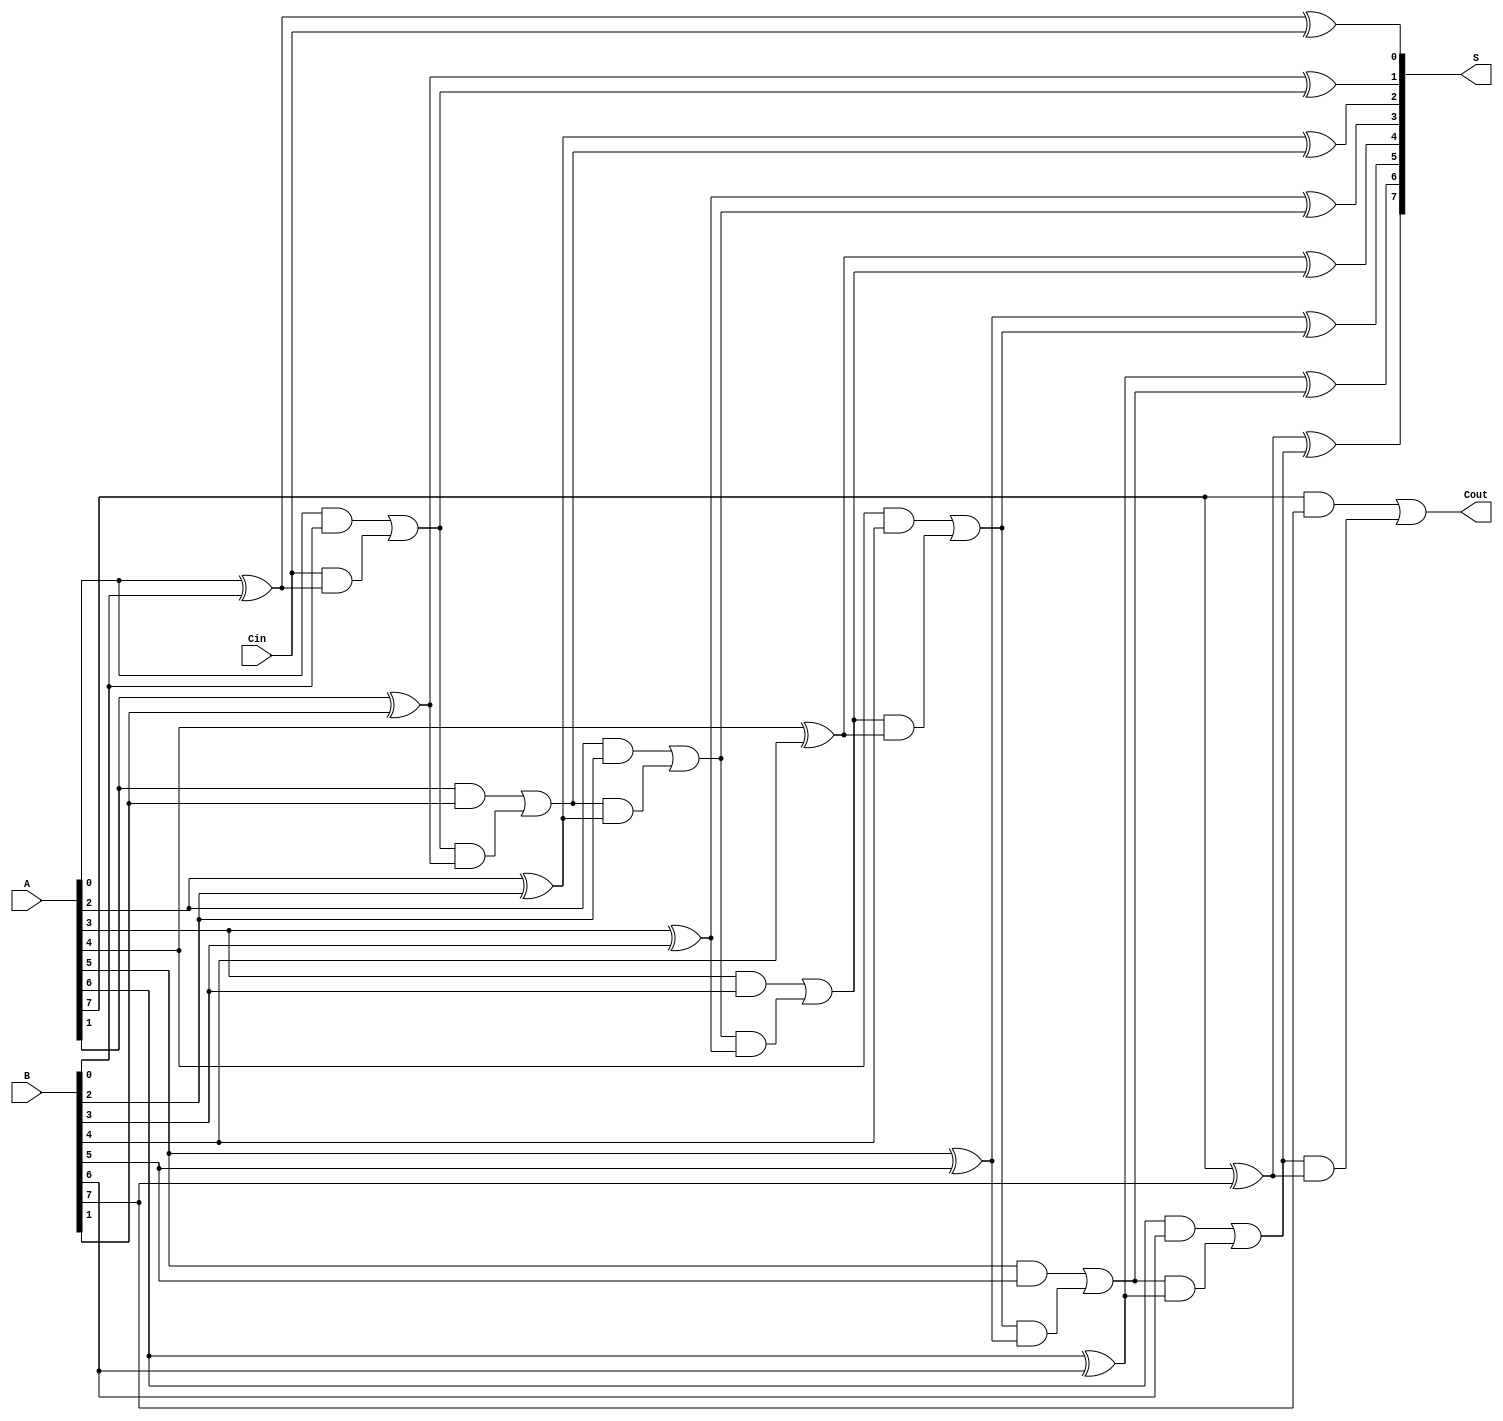
module ManchesterCarryChainAdder #(
    parameter N = 8  // Width of the adder (number of bits)
)(
    input  [N-1:0] A,      // First n-bit input
    input  [N-1:0] B,      // Second n-bit input
    input         Cin,      // Carry-in
    output [N-1:0] S,      // n-bit sum output
    output        Cout      // Carry-out
);

    wire [N:0] carry; // Carry signals, carry[N] is the final carry-out

    // Generate carry signals
    assign carry[0] = Cin; // Initial carry-in

    genvar i;
    generate
        for (i = 0; i < N; i = i + 1) begin : carry_generation
            // Carry generation logic
            assign carry[i+1] = (A[i] & B[i]) | (carry[i] & (A[i] ^ B[i]));
            // Sum calculation
            assign S[i] = A[i] ^ B[i] ^ carry[i];
        end
    endgenerate

    // Final carry-out
    assign Cout = carry[N];

endmodule